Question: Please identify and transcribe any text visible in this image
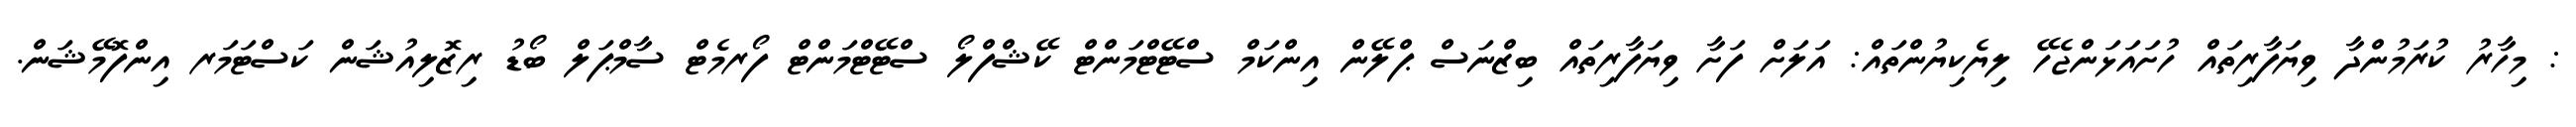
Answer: : މިހާރު ކުރަމުންދާ ވިޔަފާރިތައް ހުށައަޅަންޖެހޭ ލިޔެކިޔުންތައް: އަލަށް ފަށާ ވިޔަފާރިތައް ބިޒްނަސް ޕްލޭން އިންކަމް ސްޓޭޓްމަންޓް ކޭޝްފްލޯ ސްޓޭޓްމަންޓް ފޯރމެޓް ސާމްޕަލް ބޯޑު ރިޒޮލިއުޝަން ކަސްޓަމަރ އިންފޮމޭޝަން.